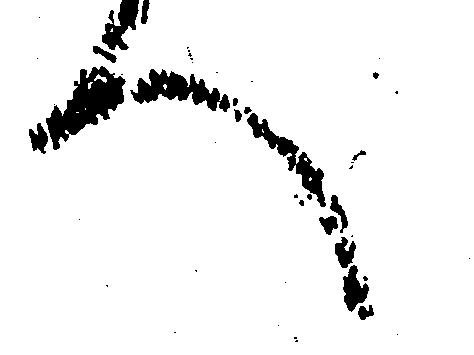
へ